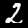
Digit: 2